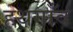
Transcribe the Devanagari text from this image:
हथगाँव